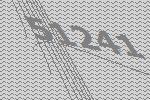
51241